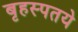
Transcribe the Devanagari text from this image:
बृहस्पतये